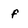
Character: f